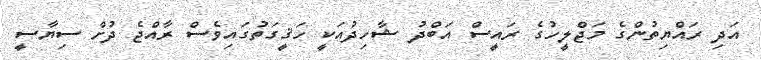
އަދި ރައްޔިތުންގެ މަޖްލީހުގެ ރައީސް އަބްދު ޝާހިދުއަކީ ހަޤީގަތުގައިވެސް ރާއްޖެ ދުށް ސިޔާސީ